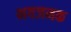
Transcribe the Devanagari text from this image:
भयजनक